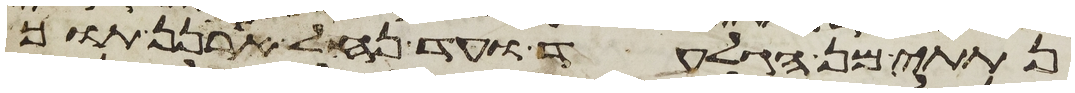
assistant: נתתי מן הגלעד ועד נחל ארנן תוך